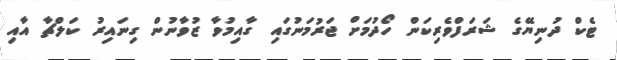
ޓެކް ދުނިޔޭގެ ޝަރަފްވެރިކަން ހޯދުމަށް ޖަރުމަނުގައި ގާއިމުވާ ޒުވާނުން ގިނައިރު ކަލްޗާ އާއި